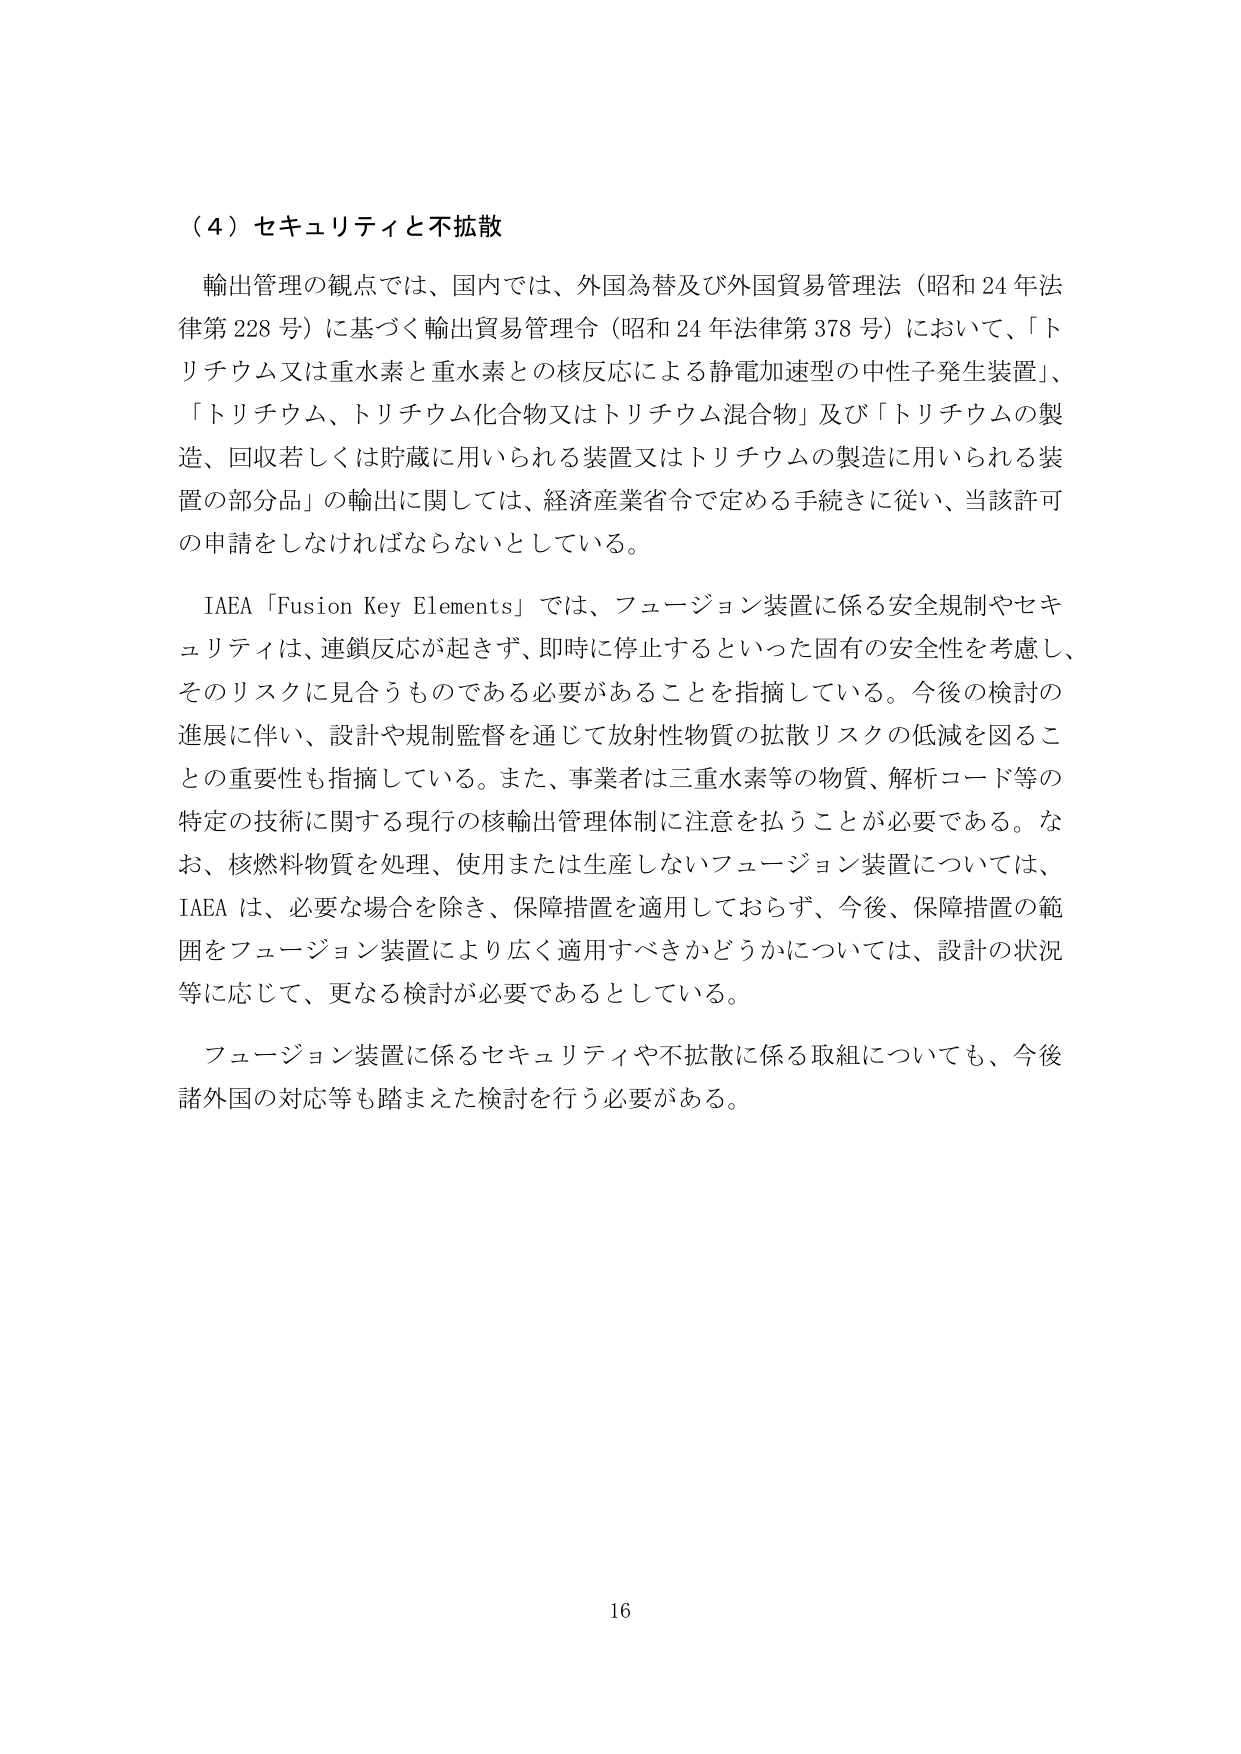
（４）セキュリティと不拡散

輸出管理の観点では、国内では、外国為替及び外国貿易管理法（昭和24年法律第228号）に基づく輸出貿易管理令（昭和24年法律第378号）において、「トリチウム又は重水素と重水素との核反応による静電加速型の中性子発生装置」、「トリチウム、トリチウム化合物又はトリチウム混合物」及び「トリチウムの製造、回収若しくは貯蔵に用いられる装置又はトリチウムの製造に用いられる装置の部分品」の輸出に関しては、経済産業省令で定める手続きに従い、当該許可の申請をしなければならないとしている。

IAEA「Fusion Key Elements」では、フュージョン装置に係る安全規制やセキュリティは、連鎖反応が起きず、即時に停止するといった固有の安全性を考慮し、そのリスクに見合うものである必要があることを指摘している。今後の検討の進展に伴い、設計や規制監督を通じて放射性物質の拡散リスクの低減を図ることの重要性も指摘している。また、事業者は三重水素等の物質、解析コード等の特定の技術に関する現行の核輸出管理体制に注意を払うことが必要である。なお、核燃料物質を処理、使用または生産しないフュージョン装置については、IAEAは、必要な場合を除き、保障措置を適用しておらず、今後、保障措置の範囲をフュージョン装置により広く適用すべきかどうかについては、設計の状況等に応じて、更なる検討が必要であるとしている。

フュージョン装置に係るセキュリティや不拡散に係る取組についても、今後諸外国の対応等も踏まえた検討を行う必要がある。

16